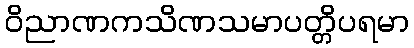
ဝိညာဏကသိဏသမာပတ္တိပရမာ